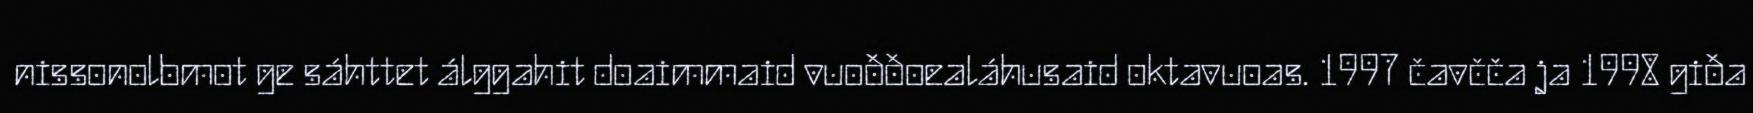
nissonolbmot ge sáhttet álggahit doaimmaid vuoððoealáhusaid oktavuoas. 1997 čavčča ja 1998 giða